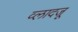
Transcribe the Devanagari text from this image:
व्लादजू